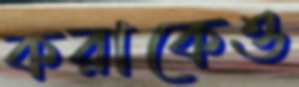
করাকেও